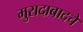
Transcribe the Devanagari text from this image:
मुरादाबादचे